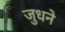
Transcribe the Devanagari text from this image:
जुधने